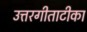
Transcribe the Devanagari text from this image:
उत्तरगीताटीका